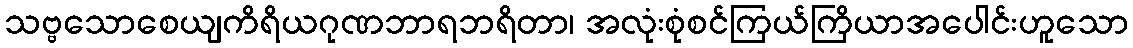
သဗ္ဗသောစေယျကိရိယဂုဏဘာရဘရိတာ၊ အလုံးစုံစင်ကြယ်ကြိယာအပေါင်းဟူသော